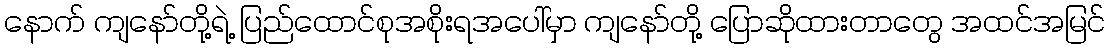
နောက် ကျနော်တို့ရဲ့ ပြည်ထောင်စုအစိုးရအပေါ်မှာ ကျနော်တို့ ပြောဆိုထားတာတွေ အထင်အမြင်